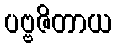
ပဗ္ဗဇိတာယ